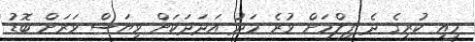
މިއީ ކުރީގެ ދެ ފިލްމަށް ވުރެ މަދު އަދަދަކަށް ވިޔަސް ވަރަށް ބޮޑު